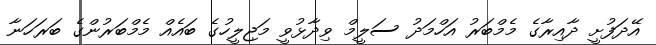
އޭދަފުށީ ދާއިރާގެ މެމްބަރު އަހްމަދު ސަލީމް ވިދާޅުވީ މަޖިލީހުގެ ބައެއް މެމްބަރުންގެ ބަރަހަނާ